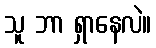
သူ ဘာ ရှာနေလဲ။